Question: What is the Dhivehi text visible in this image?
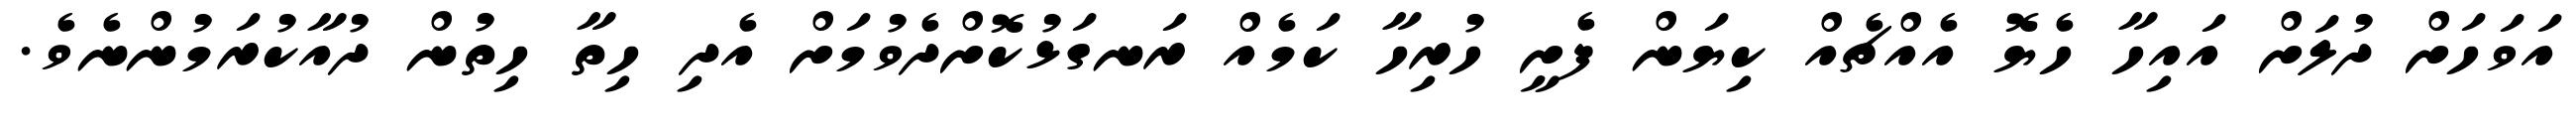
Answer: އަވަހަށް ދުލަށް އައިހާ ހެޔޮ އެއްޗެއް ކިޔަން ފެށީ ހުރިހާ ކަމެއް ރަނގަޅުކޮށްދެވުމަށް އެދި ހިތާ ހިތުން ދުއާކުރަމުންނެވެ.